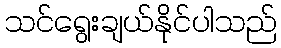
သင်ရွေးချယ်နိုင်ပါသည်